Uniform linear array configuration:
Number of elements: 48
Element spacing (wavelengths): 1
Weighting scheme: hann
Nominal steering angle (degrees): -30
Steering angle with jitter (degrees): -30.152
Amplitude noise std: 0.05
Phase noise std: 0.05

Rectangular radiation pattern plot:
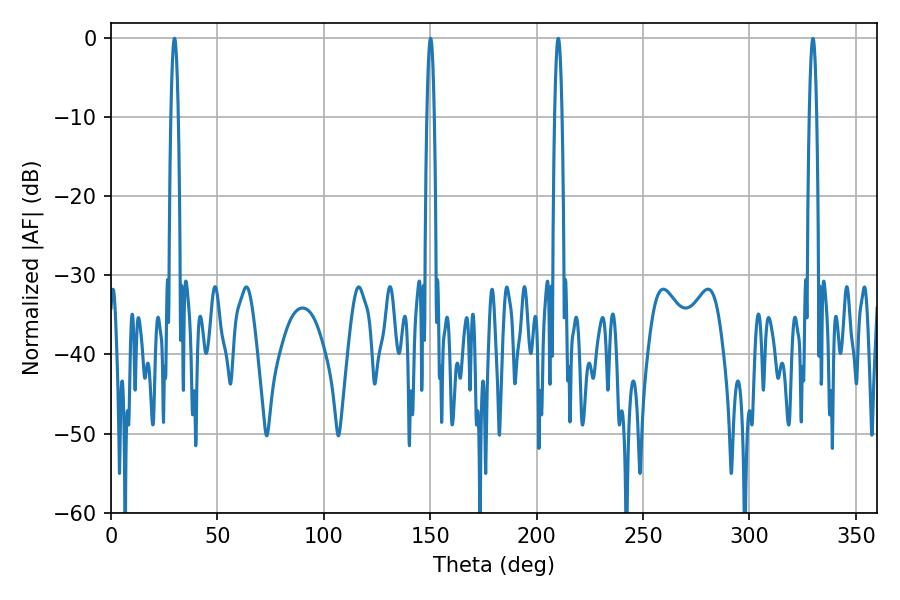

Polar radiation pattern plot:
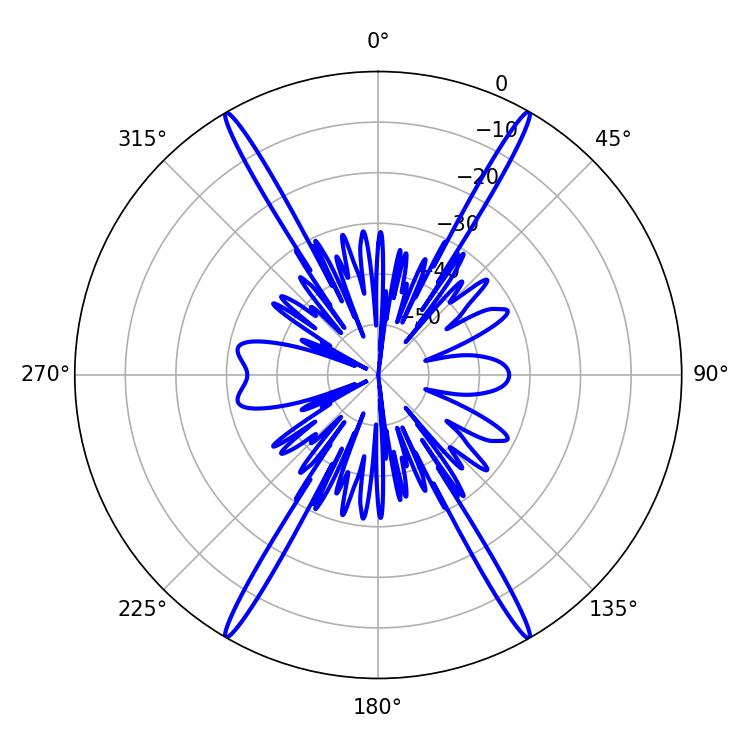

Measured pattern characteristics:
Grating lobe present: TRUE
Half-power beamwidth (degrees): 1.8
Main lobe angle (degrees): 29.88